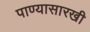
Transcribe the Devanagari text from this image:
पाण्यासारखी